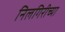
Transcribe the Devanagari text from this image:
निलगिरीच्या